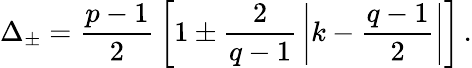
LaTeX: \Delta_{\pm}={\frac{p-1}{2}}\left[1\pm{\frac{2}{q-1}}\left|k-{\frac{q-1}{2}}\right|\right]\, .